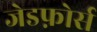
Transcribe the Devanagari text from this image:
जेडफ़ोर्स